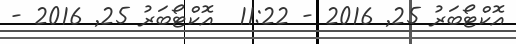
އޮކްޓޯބަރު 25